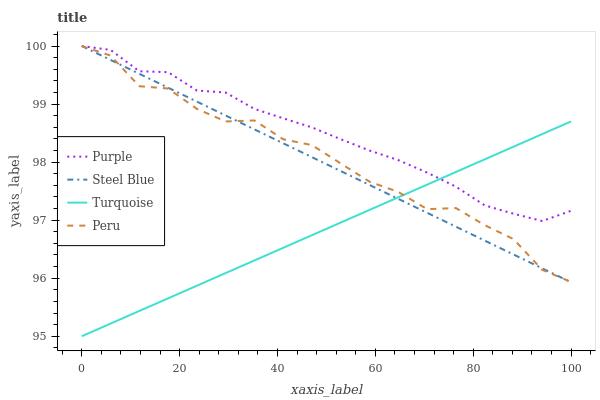
| xaxis_label | Purple | Steel Blue | Turquoise | Peru |
 | --- | --- | --- | --- | --- |
 | 0 | 100 | 100 | 95 | 100 |
 | 5.88 | 99.9 | 99.8 | 95.2 | 99.8 |
 | 11.8 | 99.6 | 99.5 | 95.4 | 99.3 |
 | 17.6 | 99.5 | 99.3 | 95.7 | 99.3 |
 | 23.5 | 99.2 | 99 | 95.9 | 98.9 |
 | 29.4 | 99.2 | 98.8 | 96.1 | 98.7 |
 | 35.3 | 98.9 | 98.6 | 96.3 | 98.7 |
 | 41.2 | 98.8 | 98.3 | 96.5 | 98.4 |
 | 47.1 | 98.6 | 98.1 | 96.7 | 98.3 |
 | 52.9 | 98.4 | 97.8 | 97 | 98 |
 | 58.8 | 98.2 | 97.6 | 97.2 | 97.7 |
 | 64.7 | 98 | 97.4 | 97.4 | 97.5 |
 | 70.6 | 97.8 | 97.1 | 97.6 | 97.2 |
 | 76.5 | 97.6 | 96.9 | 97.8 | 97.2 |
 | 82.4 | 97.3 | 96.6 | 98 | 96.9 |
 | 88.2 | 97.1 | 96.4 | 98.3 | 96.7 |
 | 94.1 | 97 | 96.2 | 98.5 | 96.1 |
 | 100 | 97.2 | 95.9 | 98.7 | 95.9 |